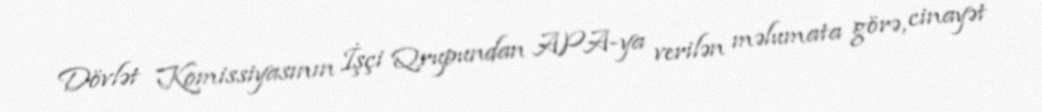
Dövlət Komissiyasının İşçi Qrupundan APA-ya verilən məlumata görə, cinayət